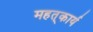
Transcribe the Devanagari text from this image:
महत्‌कार्य